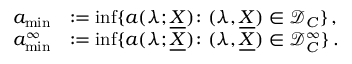
\begin{array} { r l } { a _ { \operatorname* { m i n } } } & { : = \operatorname* { i n f } \{ a ( \lambda ; \underline { X } ) \colon ( \lambda , \underline { X } ) \in \mathcal { D } _ { C } \} \, , } \\ { a _ { \operatorname* { m i n } } ^ { \infty } } & { : = \operatorname* { i n f } \{ a ( \lambda ; \underline { X } ) \colon ( \lambda , \underline { X } ) \in \mathcal { D } _ { C } ^ { \infty } \} \, . } \end{array}